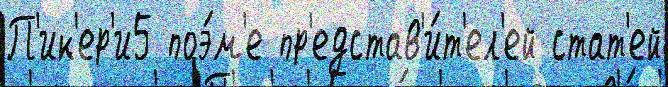
П'ик'ер'и5 поэ́м'е пр'едстав'и́т'ел'ей стат'ей